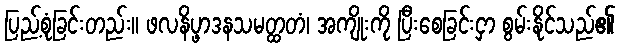
ပြည့်စုံခြင်းတည်း။ ဖလနိပ္ဖာဒနသမတ္ထတံ၊ အကျိုးကို ပြီးစေခြင်းငှာ စွမ်းနိုင်သည်၏